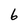
Character: 6